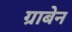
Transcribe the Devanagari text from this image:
ग्राबेन